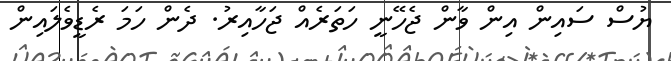
ޔުސް ސައިން އިން ވާން ޖެހޭނީ ހަތަރެއް ޖަހާއިރު. ދެން ހަމަ ރެޑީވެލައިން